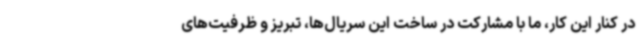
در کنار این کار، ما با مشارکت در ساخت این سریال‌ها، تبریز و ظرفیت‌های